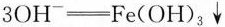
3OH_{-}=Fe(OH)_{3}↓$$